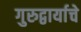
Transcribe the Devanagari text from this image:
गुरुद्वार्याचे